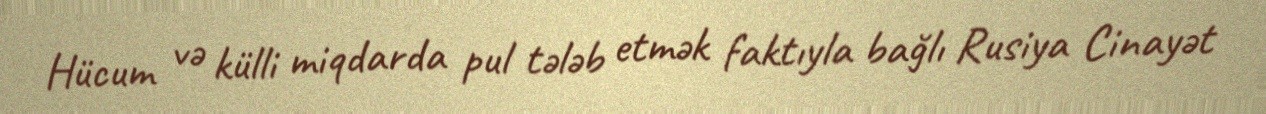
Hücum və külli miqdarda pul tələb etmək faktıyla bağlı Rusiya Cinayət